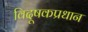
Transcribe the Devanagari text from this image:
विदूषकप्रधान